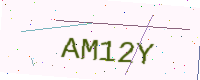
Text: AM12Y